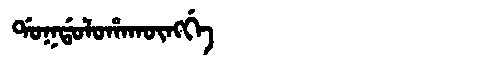
Manchu: ᡩᠣᡴᡩᠣᠯᠣᡥᠠᡴᡡᠩᡤᡝ
Romanization: DOKDOLOHAKŪNGGE